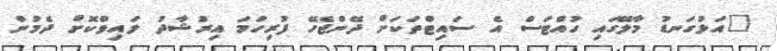
"އަޅުގަނޑު މާލޭގައި ހުއްޓަސް އެ ސައިޓްތަކަށް ދޭންޖެހޭ ފުރިހަމަ އިރުޝާދު ލައިވްކޮށް ދެމުން